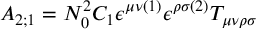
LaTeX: A _ { 2 ; 1 } = { \cal N } _ { 0 } ^ { 2 } { \cal C } _ { 1 } \epsilon ^ { \mu \nu ( 1 ) } \epsilon ^ { \rho \sigma ( 2 ) } T _ { \mu \nu \rho \sigma }